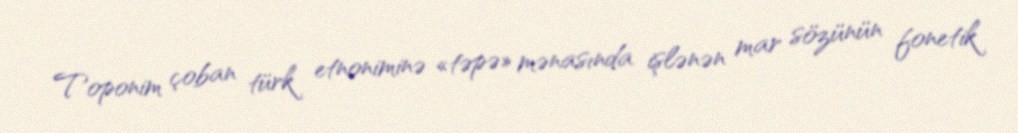
Toponim çoban türk etnoniminə «təpə» mənasında işlənən mar sözünün fonetik